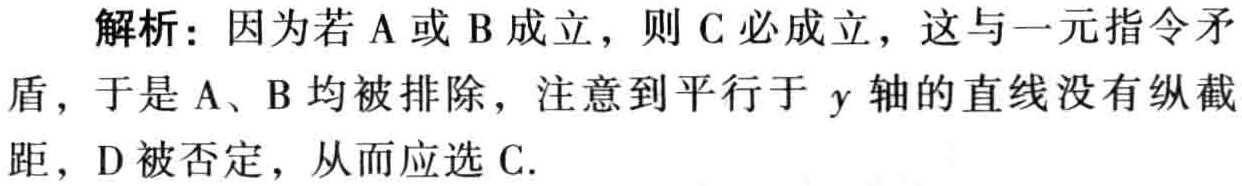
解析：因为若A或B成立，则C必成立，这与一元指令矛盾，于是A、B均被排除，注意到平行于\(y\)轴的直线没有纵截距，D被否定，从而应选C.